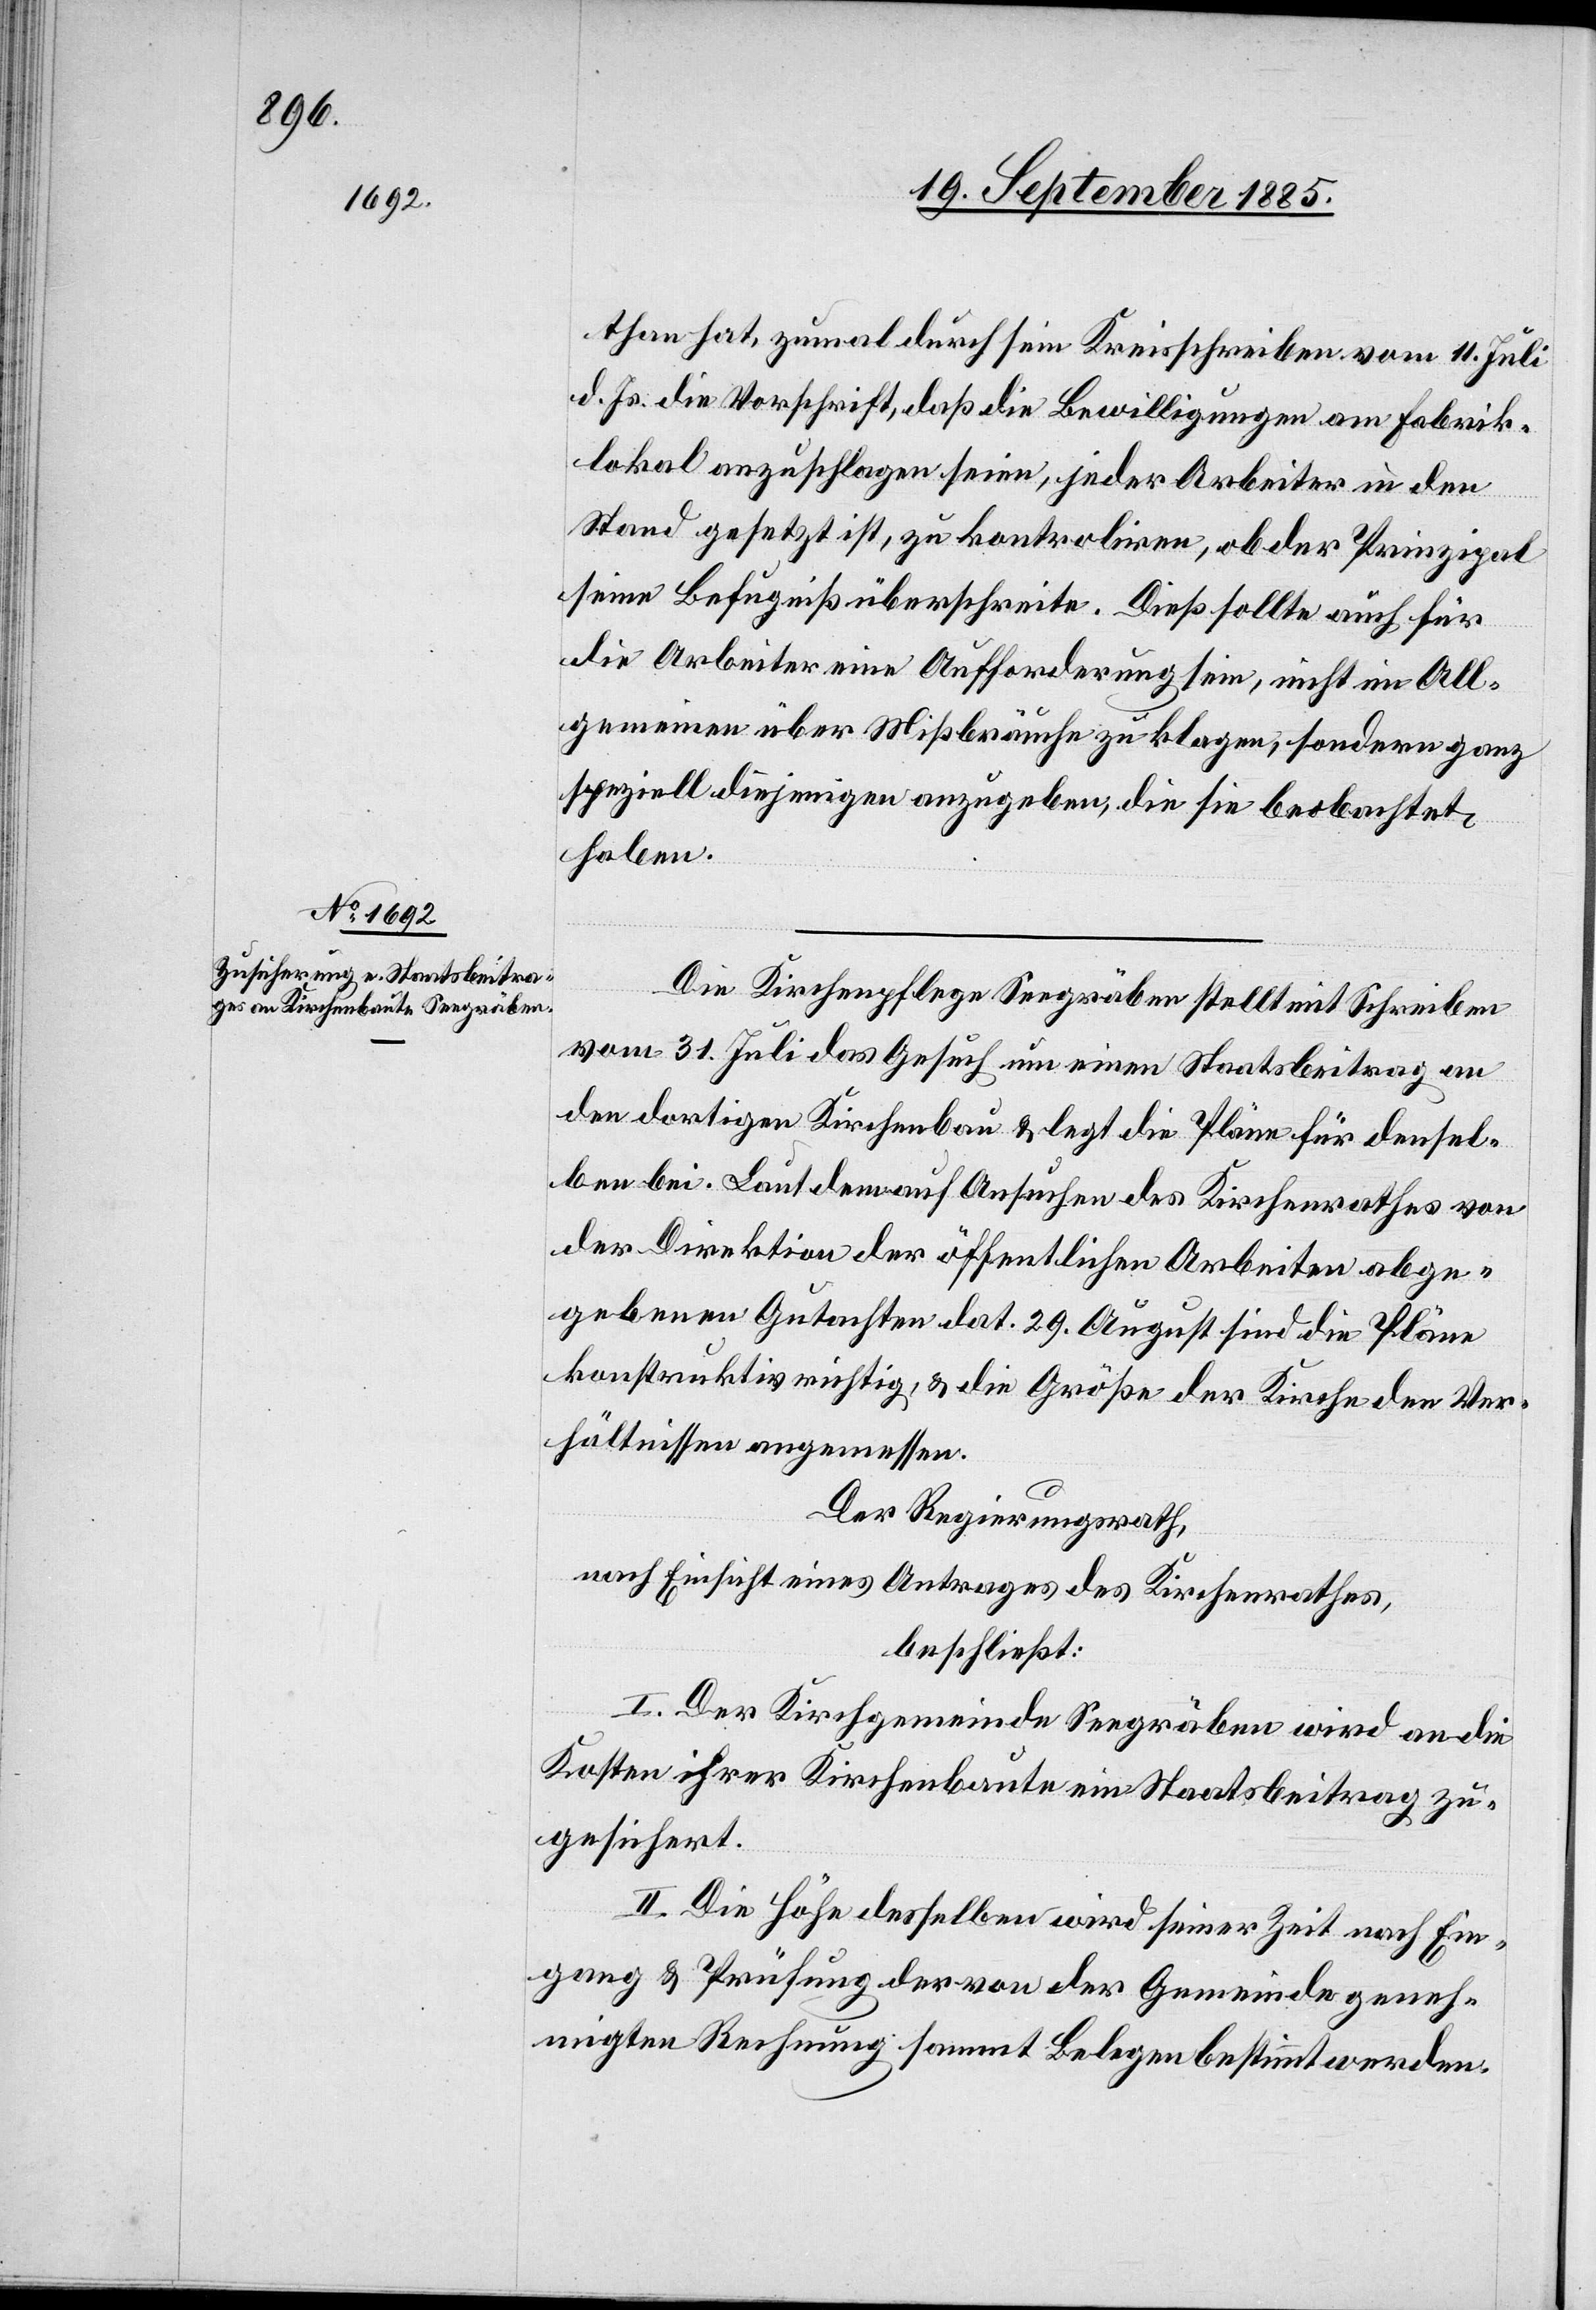
Die Kirchenpflege Seegräben stellt mit Schreiben
vom 31. Juli das Gesuch um einen Staatsbeitrag an
den dortigen Kirchenbau & legt die Pläne für densel¬
ben bei. Laut dem auf Ansuchen des Kirchenrathes von
der Direktion der öffentlichen Arbeiten abge¬
gebenen Gutachten dat. 29. August sind die Pläne
konstruktiv richtig, & die Größe der Kirche den Ver¬
hältnissen angemessen.
Der Regierungsrath,
nach Einsicht eines Antrages des Kirchenrathes,
beschließt:
I. Der Kirchgemeinde Seegräben wird an die
Kosten ihrer Kirchenbaute ein Staatsbeitrag zu¬
gesichert.
II. Die Höhe desselben wird seiner Zeit nach Ein¬
gang & Prüfung der von der Gemeinde geneh¬
migten Rechnung sammt Belegen bestimmt werden.